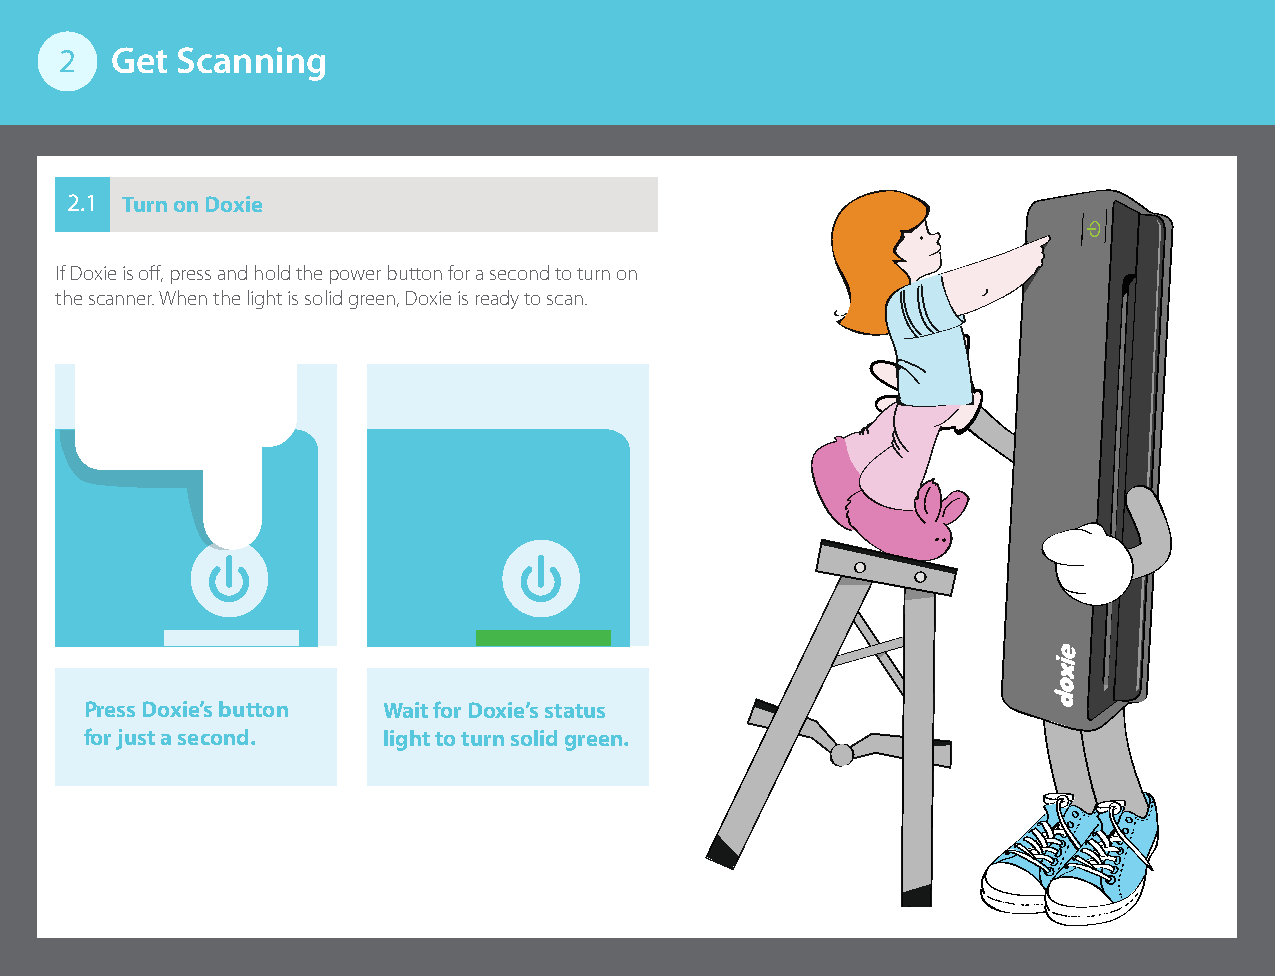
2  Get  Scanning
 2.1 Turn on Doxie
 If Doxie is off, press and hold the power button for a second to turn on
 the scanner. When the light is solid green, Doxie is ready to scan.
 Press Doxie’s button Wait for Doxie’s status
 for just a second. light to turn solid green.